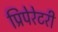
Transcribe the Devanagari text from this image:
प्रिपेरेटरी